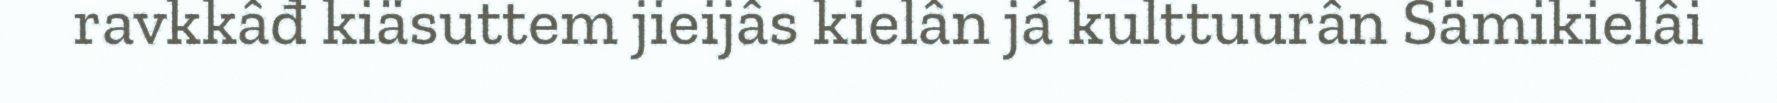
ravkkâđ kiäsuttem jieijâs kielân já kulttuurân Sämikielâi